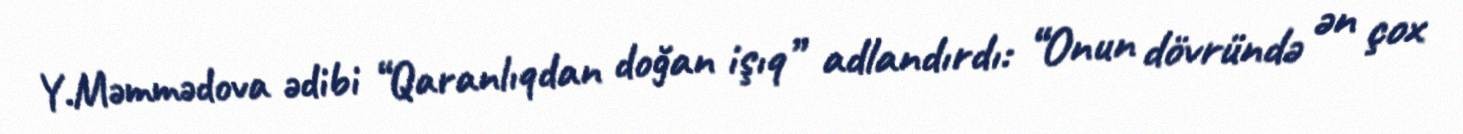
Y.Məmmədova ədibi “Qaranlıqdan doğan işıq” adlandırdı: “Onun dövründə ən çox